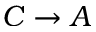
C \rightarrow A